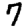
Digit: 7